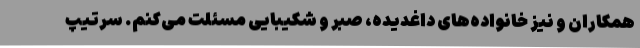
همکاران و نیز خانواده‌های داغدیده، صبر و شکیبایی مسئلت می‌کنم. سرتیپ